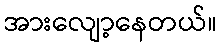
အားလျော့နေတယ်။